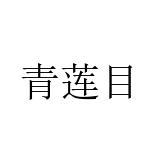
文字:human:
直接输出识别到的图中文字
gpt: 青莲目